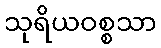
သုရိယဝစ္စသာ